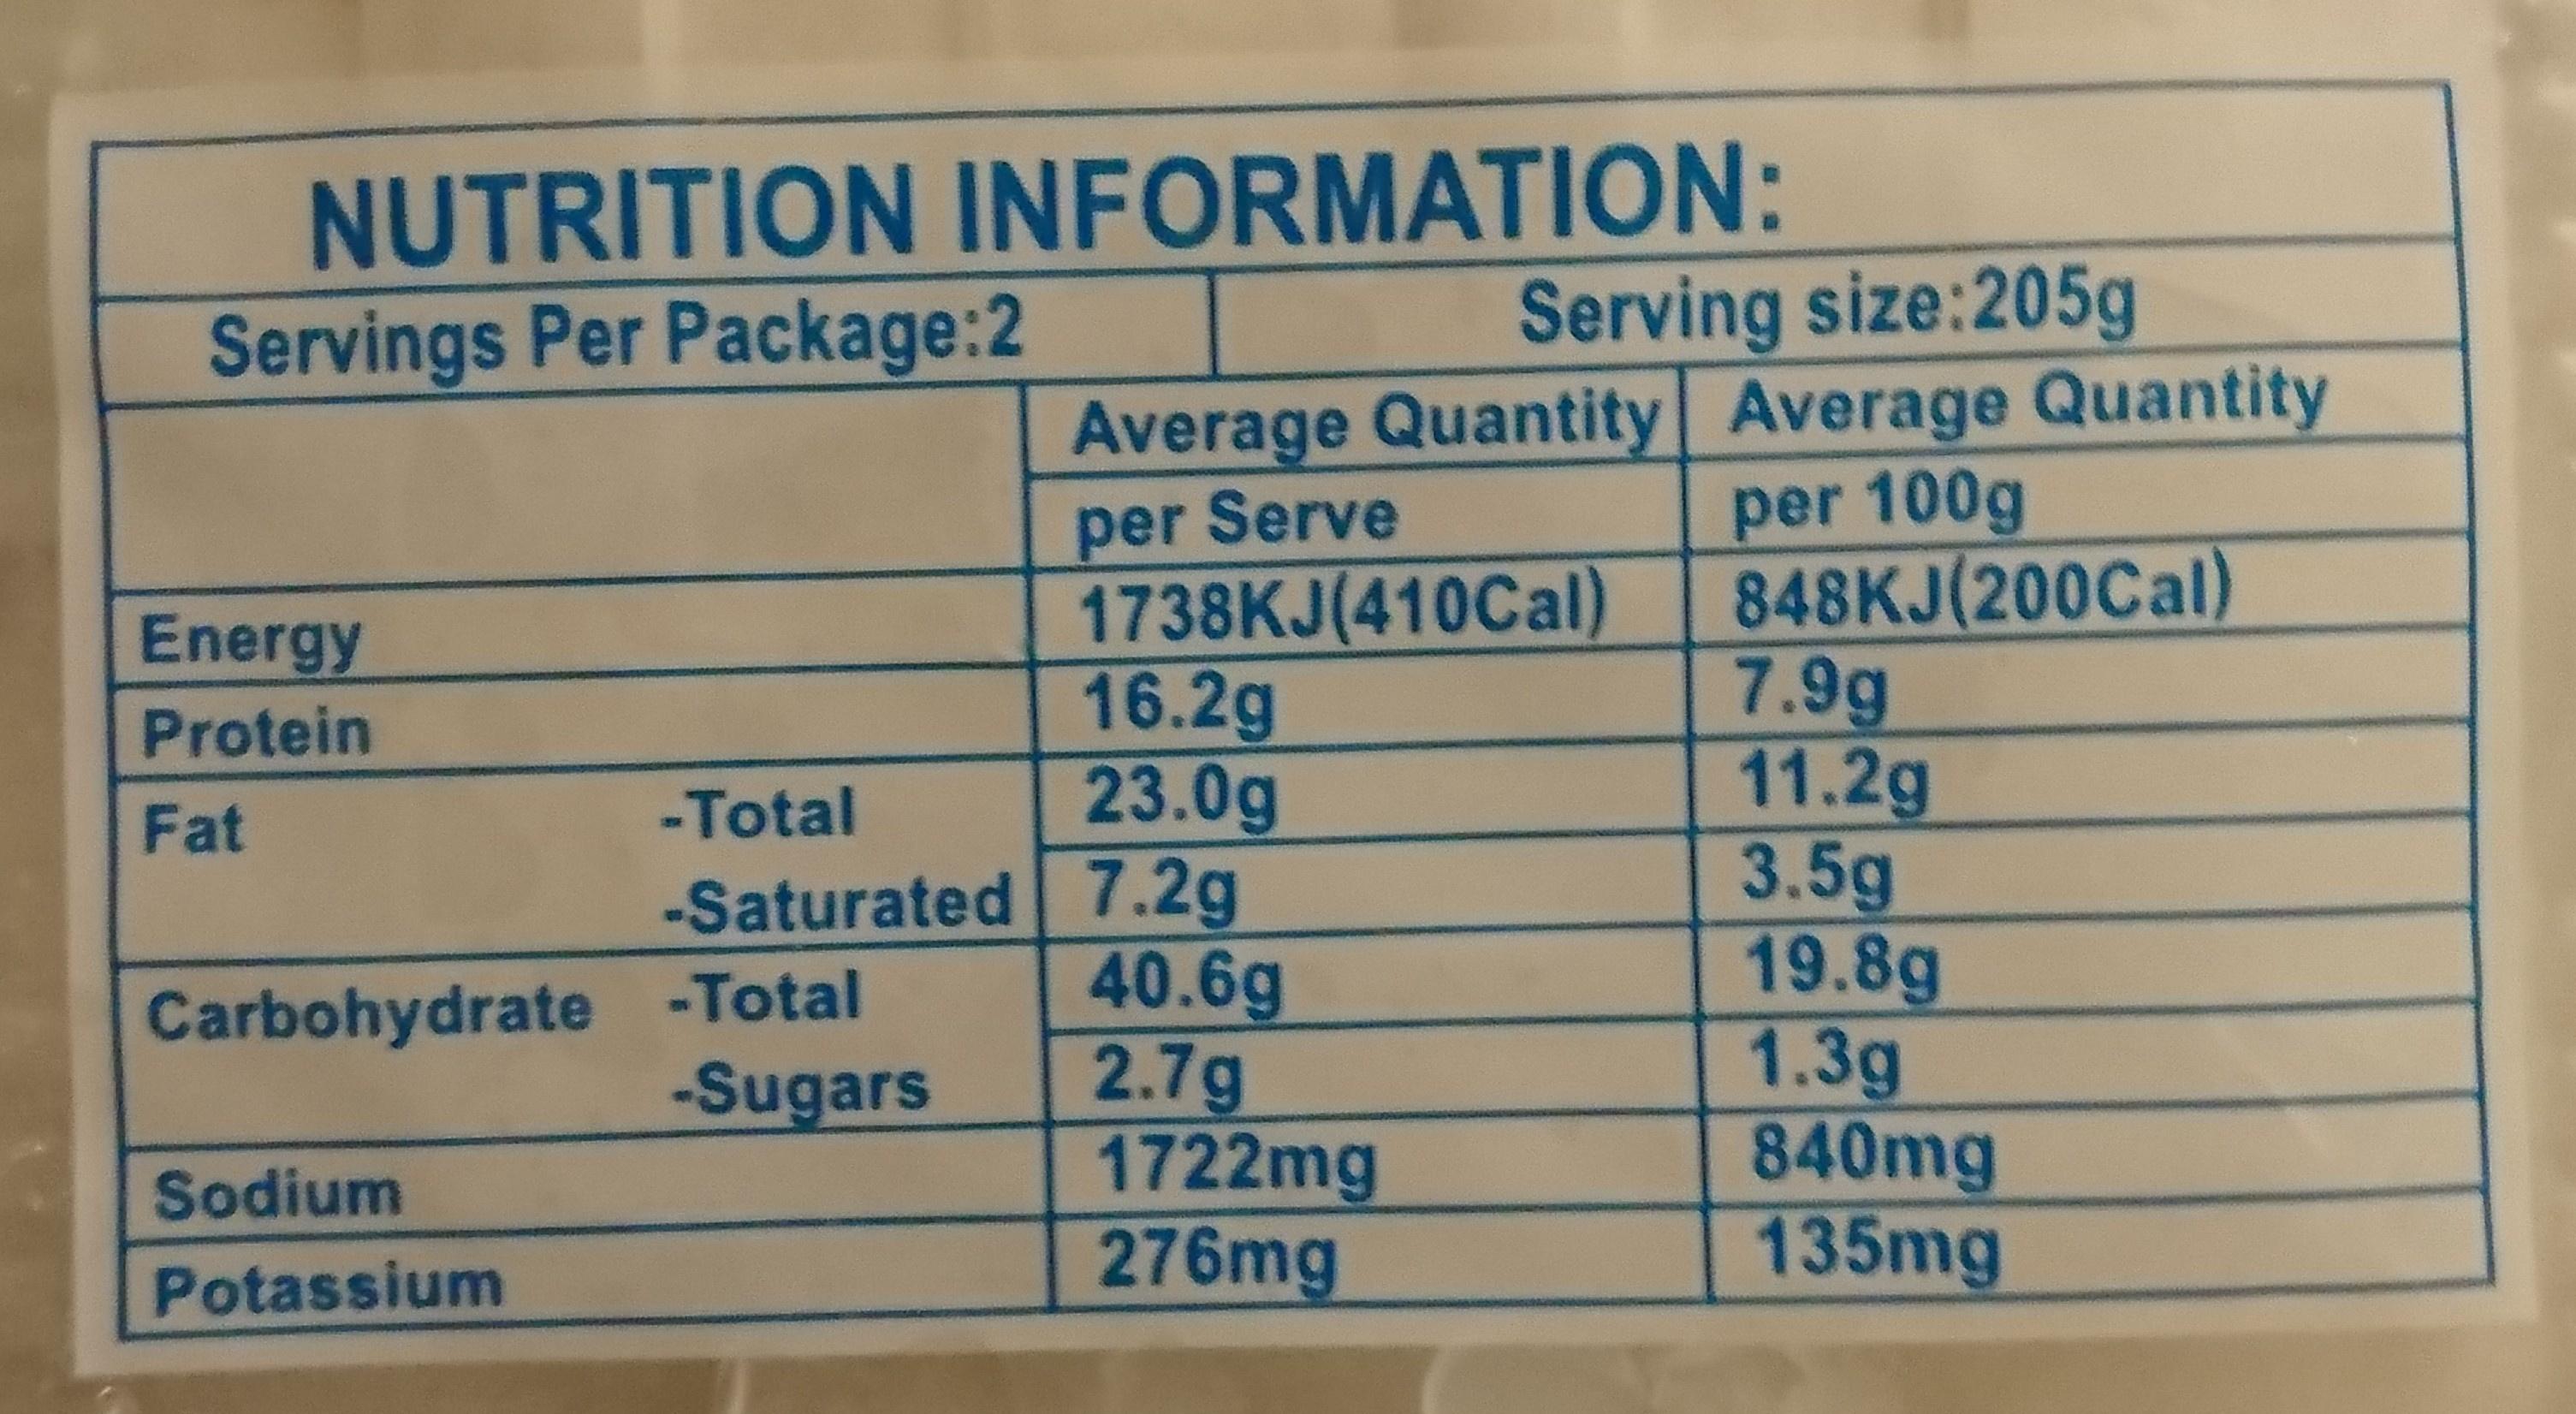
NUTRITION INFORMATION: Servings Per Package:2
Serving size:205g Average Quantity Average Quantity per 100g 848KJ(200Cal) 7.9g 11.2g 3.5g 19.8g 1.3g 840mg 135mg
per Serve 1738KJ(410Cal) 16.2g 23.0g
Energy
Protein
Fat
-Total
-Saturated 7.2g
40.6g 2.7g 1722mg 276mg
Carbohydrate -Total -Sugars
Sodium
Potassium